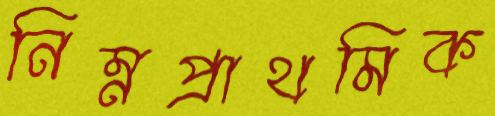
নিম্নপ্রাথমিক